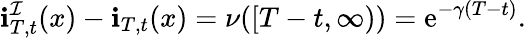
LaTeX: \mathbf{i}_{T,t}^{\mathcal{I}}(x)-\mathbf{i}_{T,t}(x)=\nu([T-t,\infty))=\mathrm{e}^{-\gamma(T-t)}.